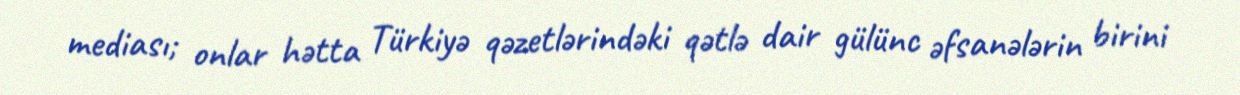
mediası; onlar hətta Türkiyə qəzetlərindəki qətlə dair gülünc əfsanələrin birini